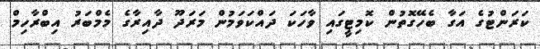
ކަރަންޓުގެ އަގާ ބެހޭގޮތުން ކޮމިޓީގައި ވާހަކަ ދައްކަވަމުން މަރަދޫ ދާއިރާގެ މެމްބަރު އިބްރާހިމް